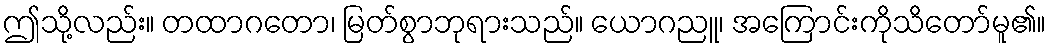
ဤသို့လည်း။ တထာဂတော၊ မြတ်စွာဘုရားသည်။ ယောဂညူ၊ အကြောင်းကိုသိတော်မူ၏။